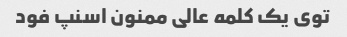
توی یک کلمه عالی ممنون اسنپ فود